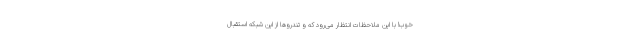
خوب! با این ملاحظات انتظار می‌رود که و تندروها از این شبکه استقبال